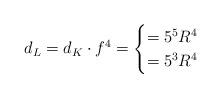
LaTeX: \begin{align*}d_L = d_K\cdot f^4 = \begin{cases}= 5^5 R^4 & \\ = 5^3 R^4 & \end{cases}\end{align*}